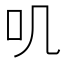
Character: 叽